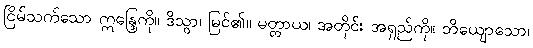
ငြိမ်သက်သော ဣန္ဒြေကို။ ဒိသွာ၊ မြင်၏။ မတ္တာယ၊ အတိုင်း အရှည်ကို။ ဘိယျောသော၊